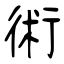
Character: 術